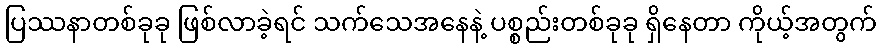
ပြဿနာတစ်ခုခု ဖြစ်လာခဲ့ရင် သက်သေအနေနဲ့ ပစ္စည်းတစ်ခုခု ရှိနေတာ ကိုယ့်အတွက်